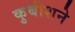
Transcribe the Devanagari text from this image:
कुबीशने